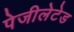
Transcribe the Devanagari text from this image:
पेजीलेटेड